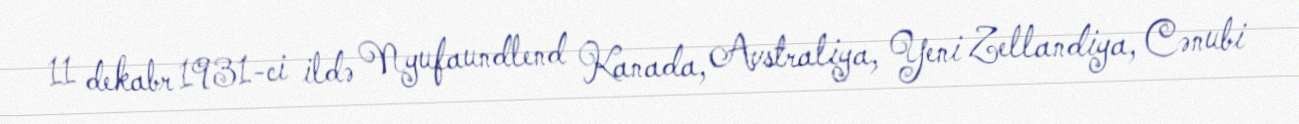
11 dekabr 1931-ci ildə Nyufaundlend Kanada, Avstraliya, Yeni Zellandiya, Cənubi